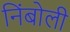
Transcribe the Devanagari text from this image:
निंबोली